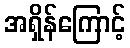
အရှိန်ကြောင့်